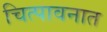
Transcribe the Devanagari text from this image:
चित्पावनात